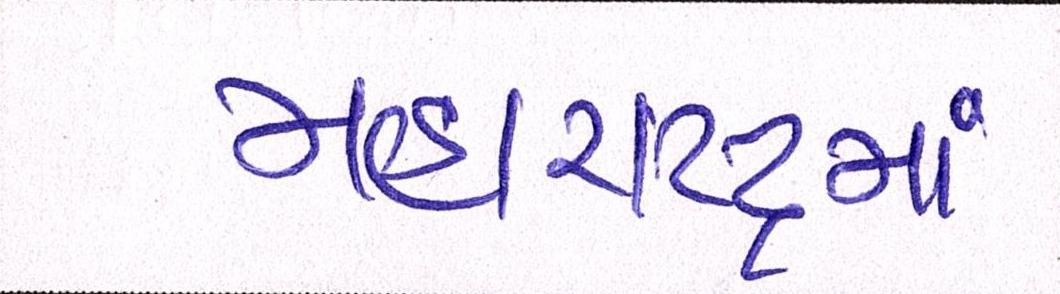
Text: મહારાષ્ટ્રમાં